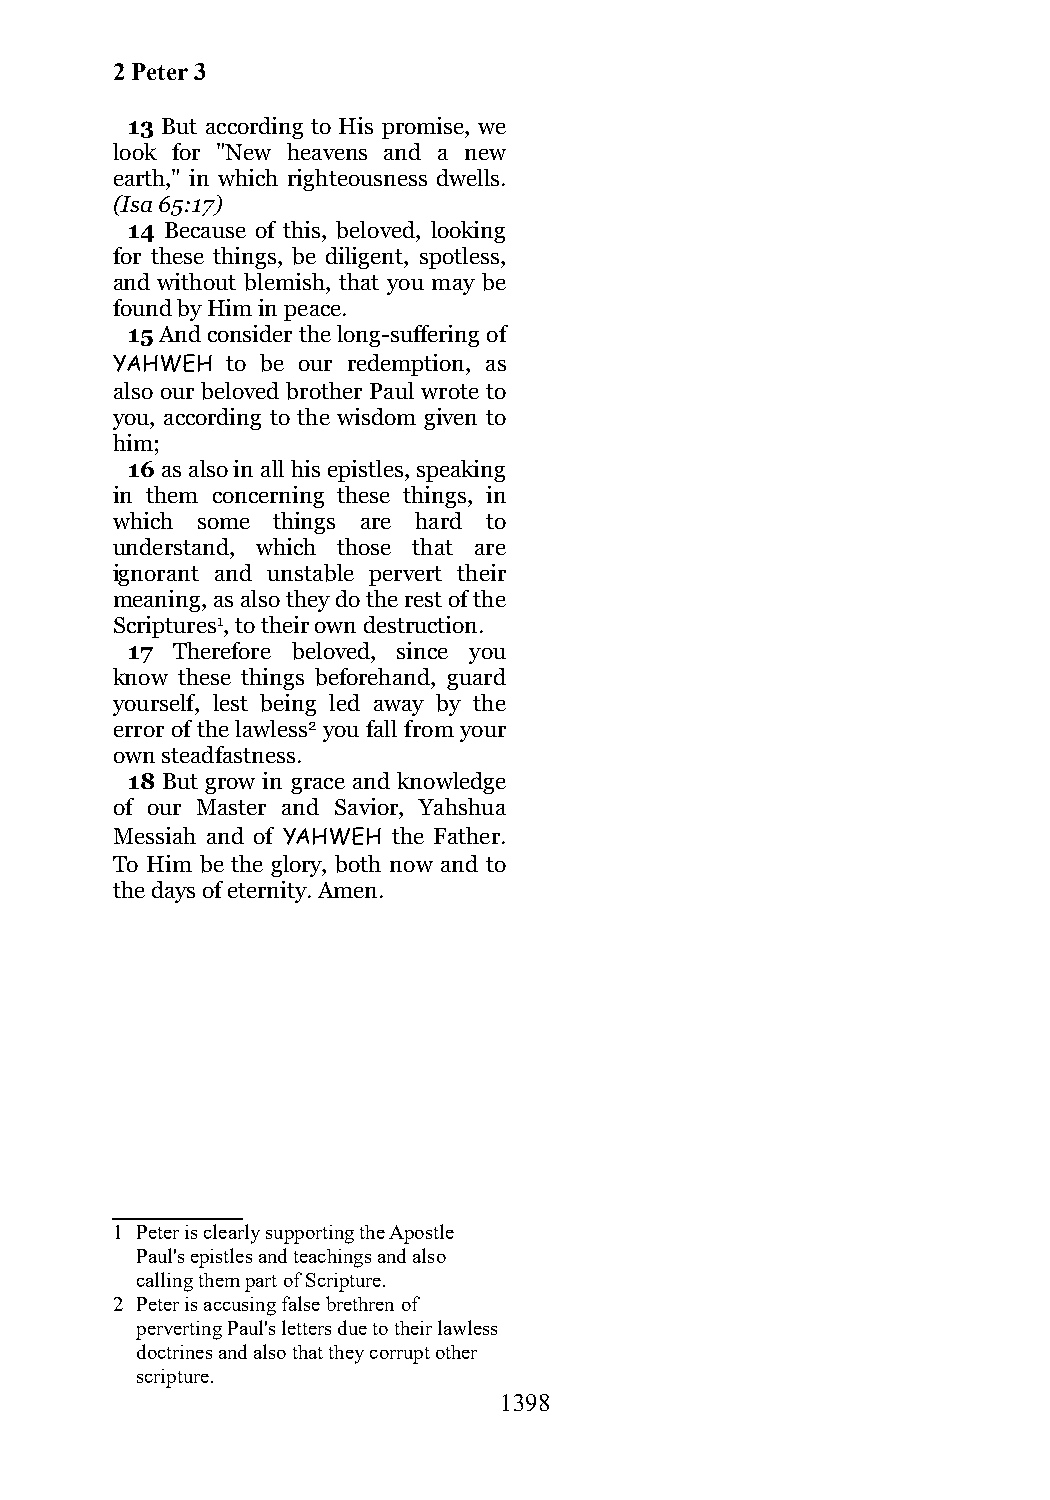
2 Peter 3
 13 But according to His promise, we
 look for "New heavens and a new
 earth," in which righteousness dwells.
 (Isa 65:17)
 14 Because of this, beloved, looking
 for these things, be diligent, spotless,
 and without blemish, that you may be
 found by Him in peace.
 15 And consider the long-suffering of
 YAHWEH  to be our redemption, as
 also our beloved brother Paul wrote to
 you, according to the wisdom given to
 him;
 16 as also in all his epistles, speaking
 in them concerning these things, in
 which some things are hard to
 understand, which those that are
 ignorant and unstable pervert their
 meaning, as also they do the rest of the
 Scriptures1, to their own destruction.
 17 Therefore beloved, since you
 know these things beforehand, guard
 yourself, lest being led away by the
 error of the lawless2 you fall from your
 own steadfastness.
 18 But grow in grace and knowledge
 of our Master and Savior, Yahshua
 Messiah and of YAHWEH the Father.
 To Him be the glory, both now and to
 the days of eternity. Amen.
 1 Peter is clearly supporting the Apostle
 Paul's epistles and teachings and also
 calling them part of Scripture.
 2 Peter is accusing false brethren of
 perverting Paul's letters due to their lawless
 doctrines and also that they corrupt other
 scripture.
 1398